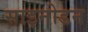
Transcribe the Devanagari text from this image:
साइनोडन